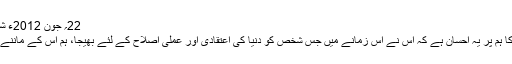
22؍ جون 2012ء شہ سرخیاں
اللہ تعالیٰ کا ہم پر یہ احسان ہے کہ اُس نے اس زمانے میں جس شخص کو دنیا کی اعتقادی اور عملی اصلاح کے لئے بھیجا، ہم اُس کے ماننے والے ہیں۔